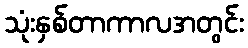
သုံးနှစ်တာကာလအတွင်း